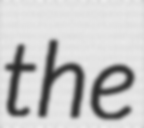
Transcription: the